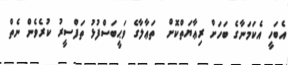
އެބަހީ އެކަމަނާގެ ބަހަށް ރިޢާޔަތްކޮށް  ތަޢާލާގެ ވަޙީބަސްފުޅު ތަފްސީރު ކުރެވެން ނެތް